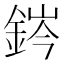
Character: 䤫